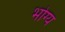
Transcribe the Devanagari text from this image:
भोग्‍य